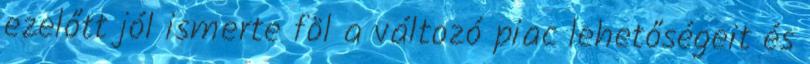
ezelőtt jól ismerte föl a változó piac lehetőségeit és